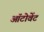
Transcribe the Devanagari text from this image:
ऑटोवेंट